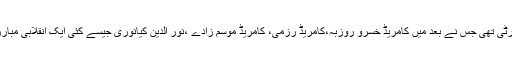
یہی تودہ پارٹی تھی جس نے بعد میں کامریڈ خسرو روزبہ،کامریڈ رزمی، کامریڈ موسم زادے ،نور الدین کیانوری جیسے کئی ایک انقلابی مبارز پید اکیے۔